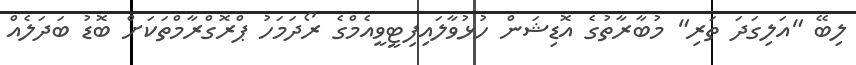
ލިބޭ "އަލިގަދަ ތަރި" މުބާރާތުގެ އޮޑިޝަން ހުޅުވާލައިފިޓީވީއެމްގެ ރޯދަމަހު ޕްރޮގްރާމްތަކަށް ބޮޑު ބަދަލެއް